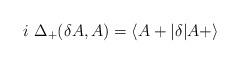
LaTeX: \begin{align*}i\ \Delta_+(\delta A,A)=\langle A+\vert\delta\vert A+\rangle\end{align*}